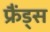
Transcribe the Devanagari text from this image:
फ्रैंड्स